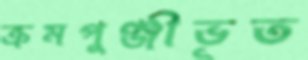
ক্রমপুঞ্জীভূত